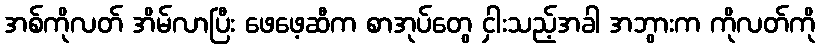
အစ်ကိုလတ် အိမ်လာပြီး ဖေဖေ့ဆီက စာအုပ်တွေ ငှါးသည့်အခါ အဘွားက ကိုလတ်ကို